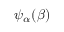
\psi _ { \alpha } ( \beta )